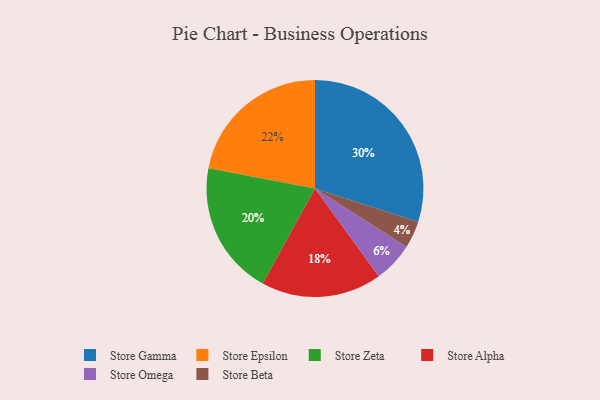
{"axis": {"x": "Category", "y": "Percentage"}, "legend": ["Store Alpha", "Store Beta", "Store Epsilon", "Store Gamma", "Store Omega", "Store Zeta"], "data": [{"x": "Store Omega", "y": 6, "type": "Store Omega"}, {"x": "Store Epsilon", "y": 22, "type": "Store Epsilon"}, {"x": "Store Zeta", "y": 20, "type": "Store Zeta"}, {"x": "Store Beta", "y": 4, "type": "Store Beta"}, {"x": "Store Gamma", "y": 30, "type": "Store Gamma"}, {"x": "Store Alpha", "y": 18, "type": "Store Alpha"}]}